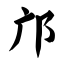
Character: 邝